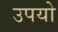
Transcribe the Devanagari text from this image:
उपयो